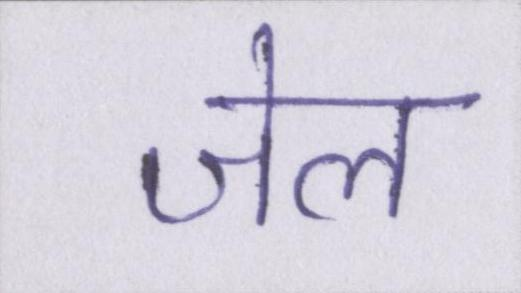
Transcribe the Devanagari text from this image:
जेल